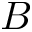
B